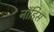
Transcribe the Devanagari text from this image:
नॉडिस